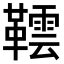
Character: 𬰨